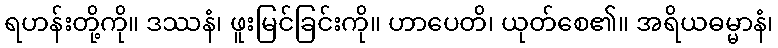
ရဟန်းတို့ကို။ ဒဿနံ၊ ဖူးမြင်ခြင်းကို။ ဟာပေတိ၊ ယုတ်စေ၏။ အရိယဓမ္မာနံ၊